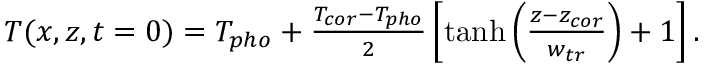
\begin{array} { r } { T ( x , z , t = 0 ) = T _ { p h o } + \frac { T _ { c o r } - T _ { p h o } } { 2 } \left[ \operatorname { t a n h } \left( \frac { z - z _ { c o r } } { w _ { t r } } \right) + 1 \right] . } \end{array}